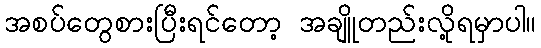
အစပ်တွေစားပြီးရင်တော့ အချိူတည်းလို့ရမှာပါ။